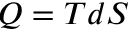
Q = T d S